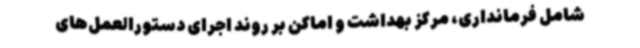
شامل فرمانداری، مرکز بهداشت و اماکن بر روند اجرای دستورالعمل‌های